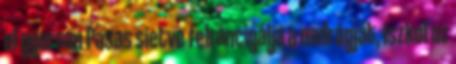
el gyorsan Pasas sietve felráncigálja a nadrágját, iszkol az